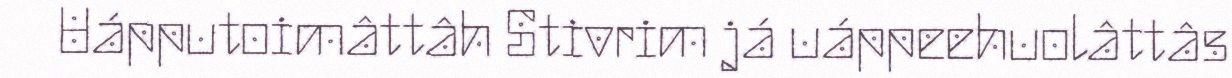
Uápputoimâttâh Stivrim já uáppeehuolâttâs